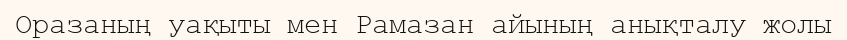
Оразаның уақыты мен Рамазан айының анықталу жолы